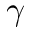
\gamma